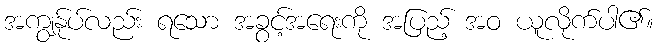
အကျွန်ုပ်လည်း ရသော အခွင့်အရေးကို အပြည့် အဝ ယူလိုက်ပါ၏။